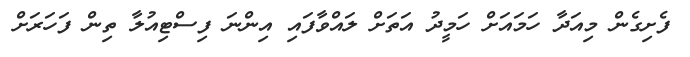
ފެށިގެން މިއަދާ ހަމައަށް ހަމީދު އަތަށް ލައްވާފައި އިންނަ ފިސްޓިއުލާ ތިން ފަހަރަށް